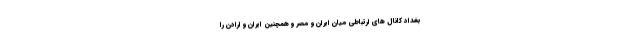
بغداد کانال های ارتباطی میان ایران و مصر و همچنین ایران و ارادن را